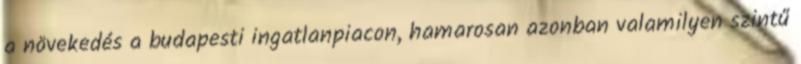
a növekedés a budapesti ingatlanpiacon, hamarosan azonban valamilyen szintű